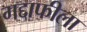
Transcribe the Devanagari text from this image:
गद्दाफीला